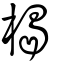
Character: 楬